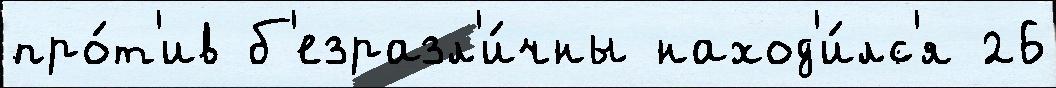
про́т'ив б'езразл'и́чны наход'и́лс'я 26